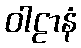
ဝါဠာနံ